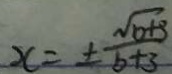
x = \pm \frac { \sqrt { b + 3 } } { b + 3 }